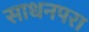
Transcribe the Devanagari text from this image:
साधनपरा